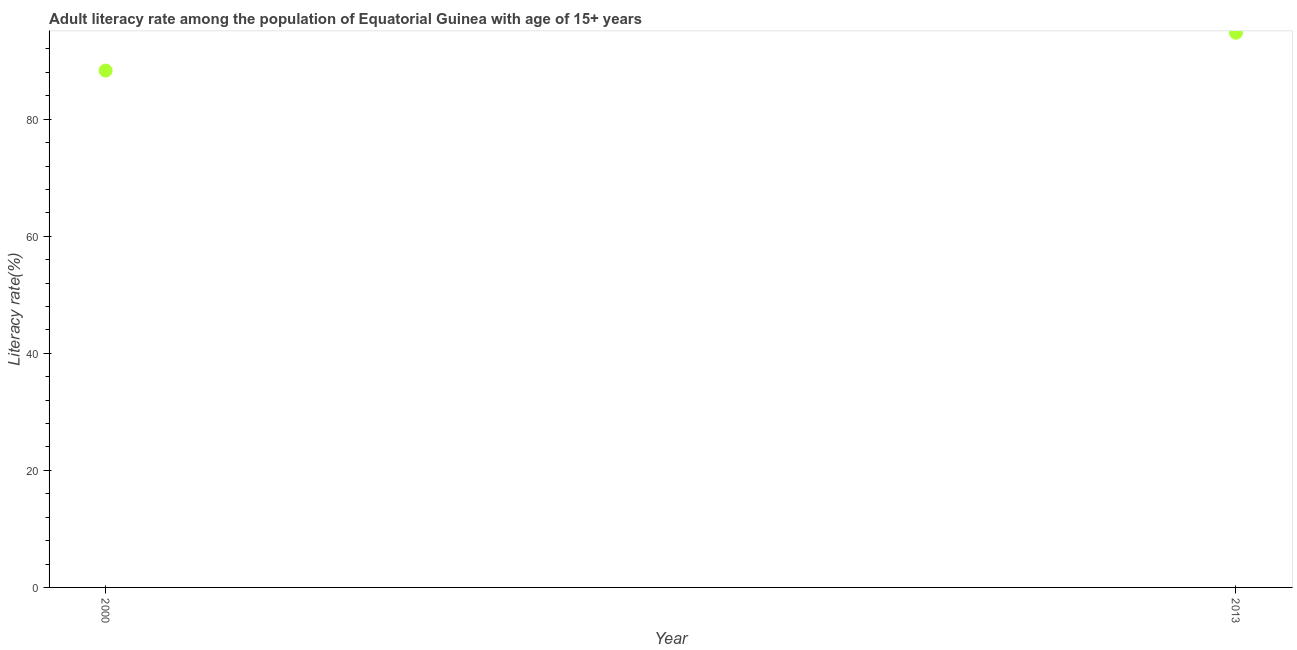
| Year | Adult literacy rate |
 | --- | --- |
 | 2000 | 88.3 |
 | 2013 | 94.8 |